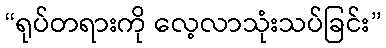
“ရုပ်တရားကို လေ့လာသုံးသပ်ခြင်း”